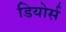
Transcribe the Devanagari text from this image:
डियोर्स